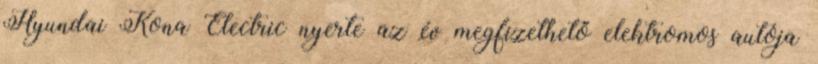
Hyundai Kona Electric nyerte az év megfizethető elektromos autója